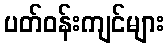
ပတ်ဝန်းကျင်များ